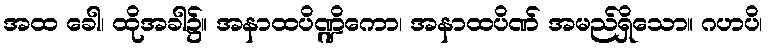
အထ ခေါ၊ ထိုအခါ၌။ အနာထပိဏ္ဍိကော၊ အနာထပိဏ် အမည်ရှိသော။ ဂဟပိ၊